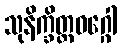
သုနိက္ခိတ္တဝဂ္ဂေါ